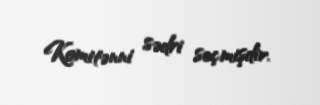
Komitənni sədri seçmişdir.